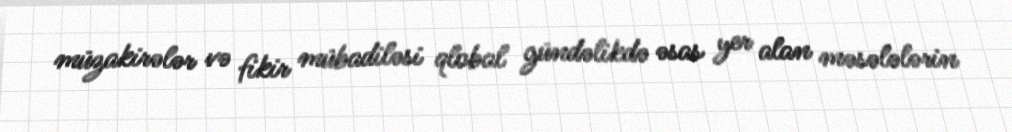
müzakirələr və fikir mübadiləsi qlobal gündəlikdə əsas yer alan məsələlərin